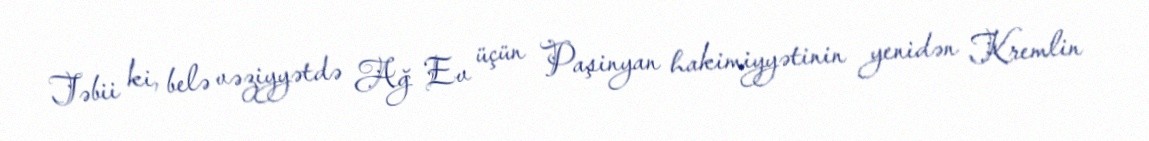
Təbii ki, belə vəziyyətdə Ağ Ev üçün Paşinyan hakimiyyətinin yenidən Kremlin